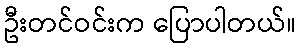
ဦးတင်ဝင်းက ပြောပါတယ်။